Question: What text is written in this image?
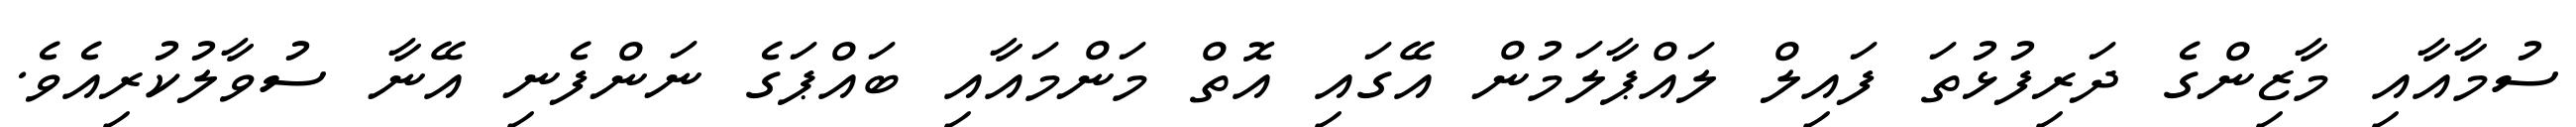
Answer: ސުމާއާއި މާޒިންގެ ދަރިފުޅުތަ ފައިލް ލައްޕާލަމުން އޭގައި އޮތް މަންމައާއި ބައްޕަގެ ނަންފެނި އޭނާ ސުވާލުކުރިއެވެ.